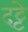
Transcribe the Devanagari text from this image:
दट्टे